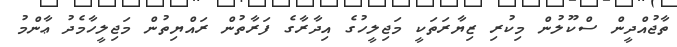
ތާޖުއްދީން ސްކޫލުން މިކުރި ޒިޔާރަތަކީ މަޖިލީހުގެ އިދާރާގެ ފަރާތުން ރައްޔިތުން މަޖިލީހާމެދު ޢާންމު